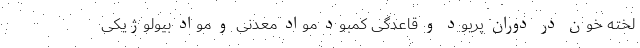
لخته خون در دوران پریود و قاعدگی کمبود مواد معدنی و مواد بیولوژیکی